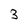
Character: 3